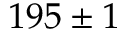
1 9 5 \pm 1